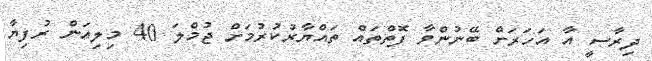
ދިރާސީ އާ އަހަރަށް ބޭނުންވާ ފޮތްތައް ތައްޔާރުކުރުމަށް ޖުމްލަ 40 މިލިއަން ރުފިޔާ